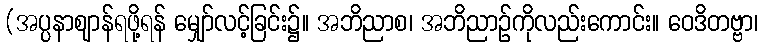
(အပ္ပနာဈာန်ရဖို့ရန် မျှော်လင့်ခြင်း၌။ အဘိညာစ၊ အဘိညာဉ်ကိုလည်းကောင်း။ ဝေဒိတဗ္ဗာ၊